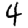
Digit: 4